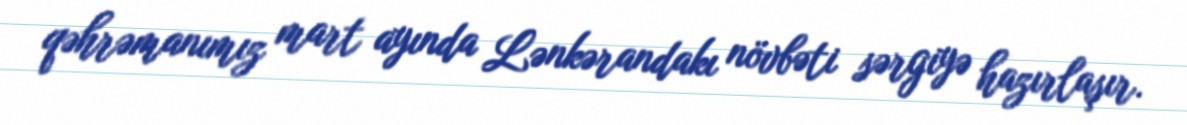
qəhrəmanımız mart ayında Lənkərandakı növbəti sərgiyə hazırlaşır.